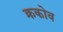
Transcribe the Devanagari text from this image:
क्रकोव